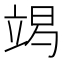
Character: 𱷧